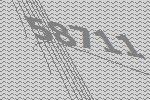
58711